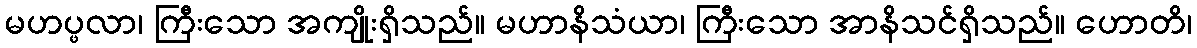
မဟပ္ဖလာ၊ ကြီးသော အကျိုးရှိသည်။ မဟာနိသံယာ၊ ကြီးသော အာနိသင်ရှိသည်။ ဟောတိ၊